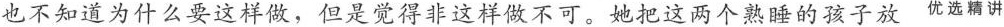
也不知道为什么要这样做，但是觉得非这样做不可。她把这两个熟睡的孩子放优选精讲